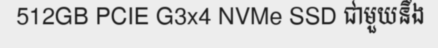
512GB PCIE G3x4 NVMe SSD ជាមួយនឹង